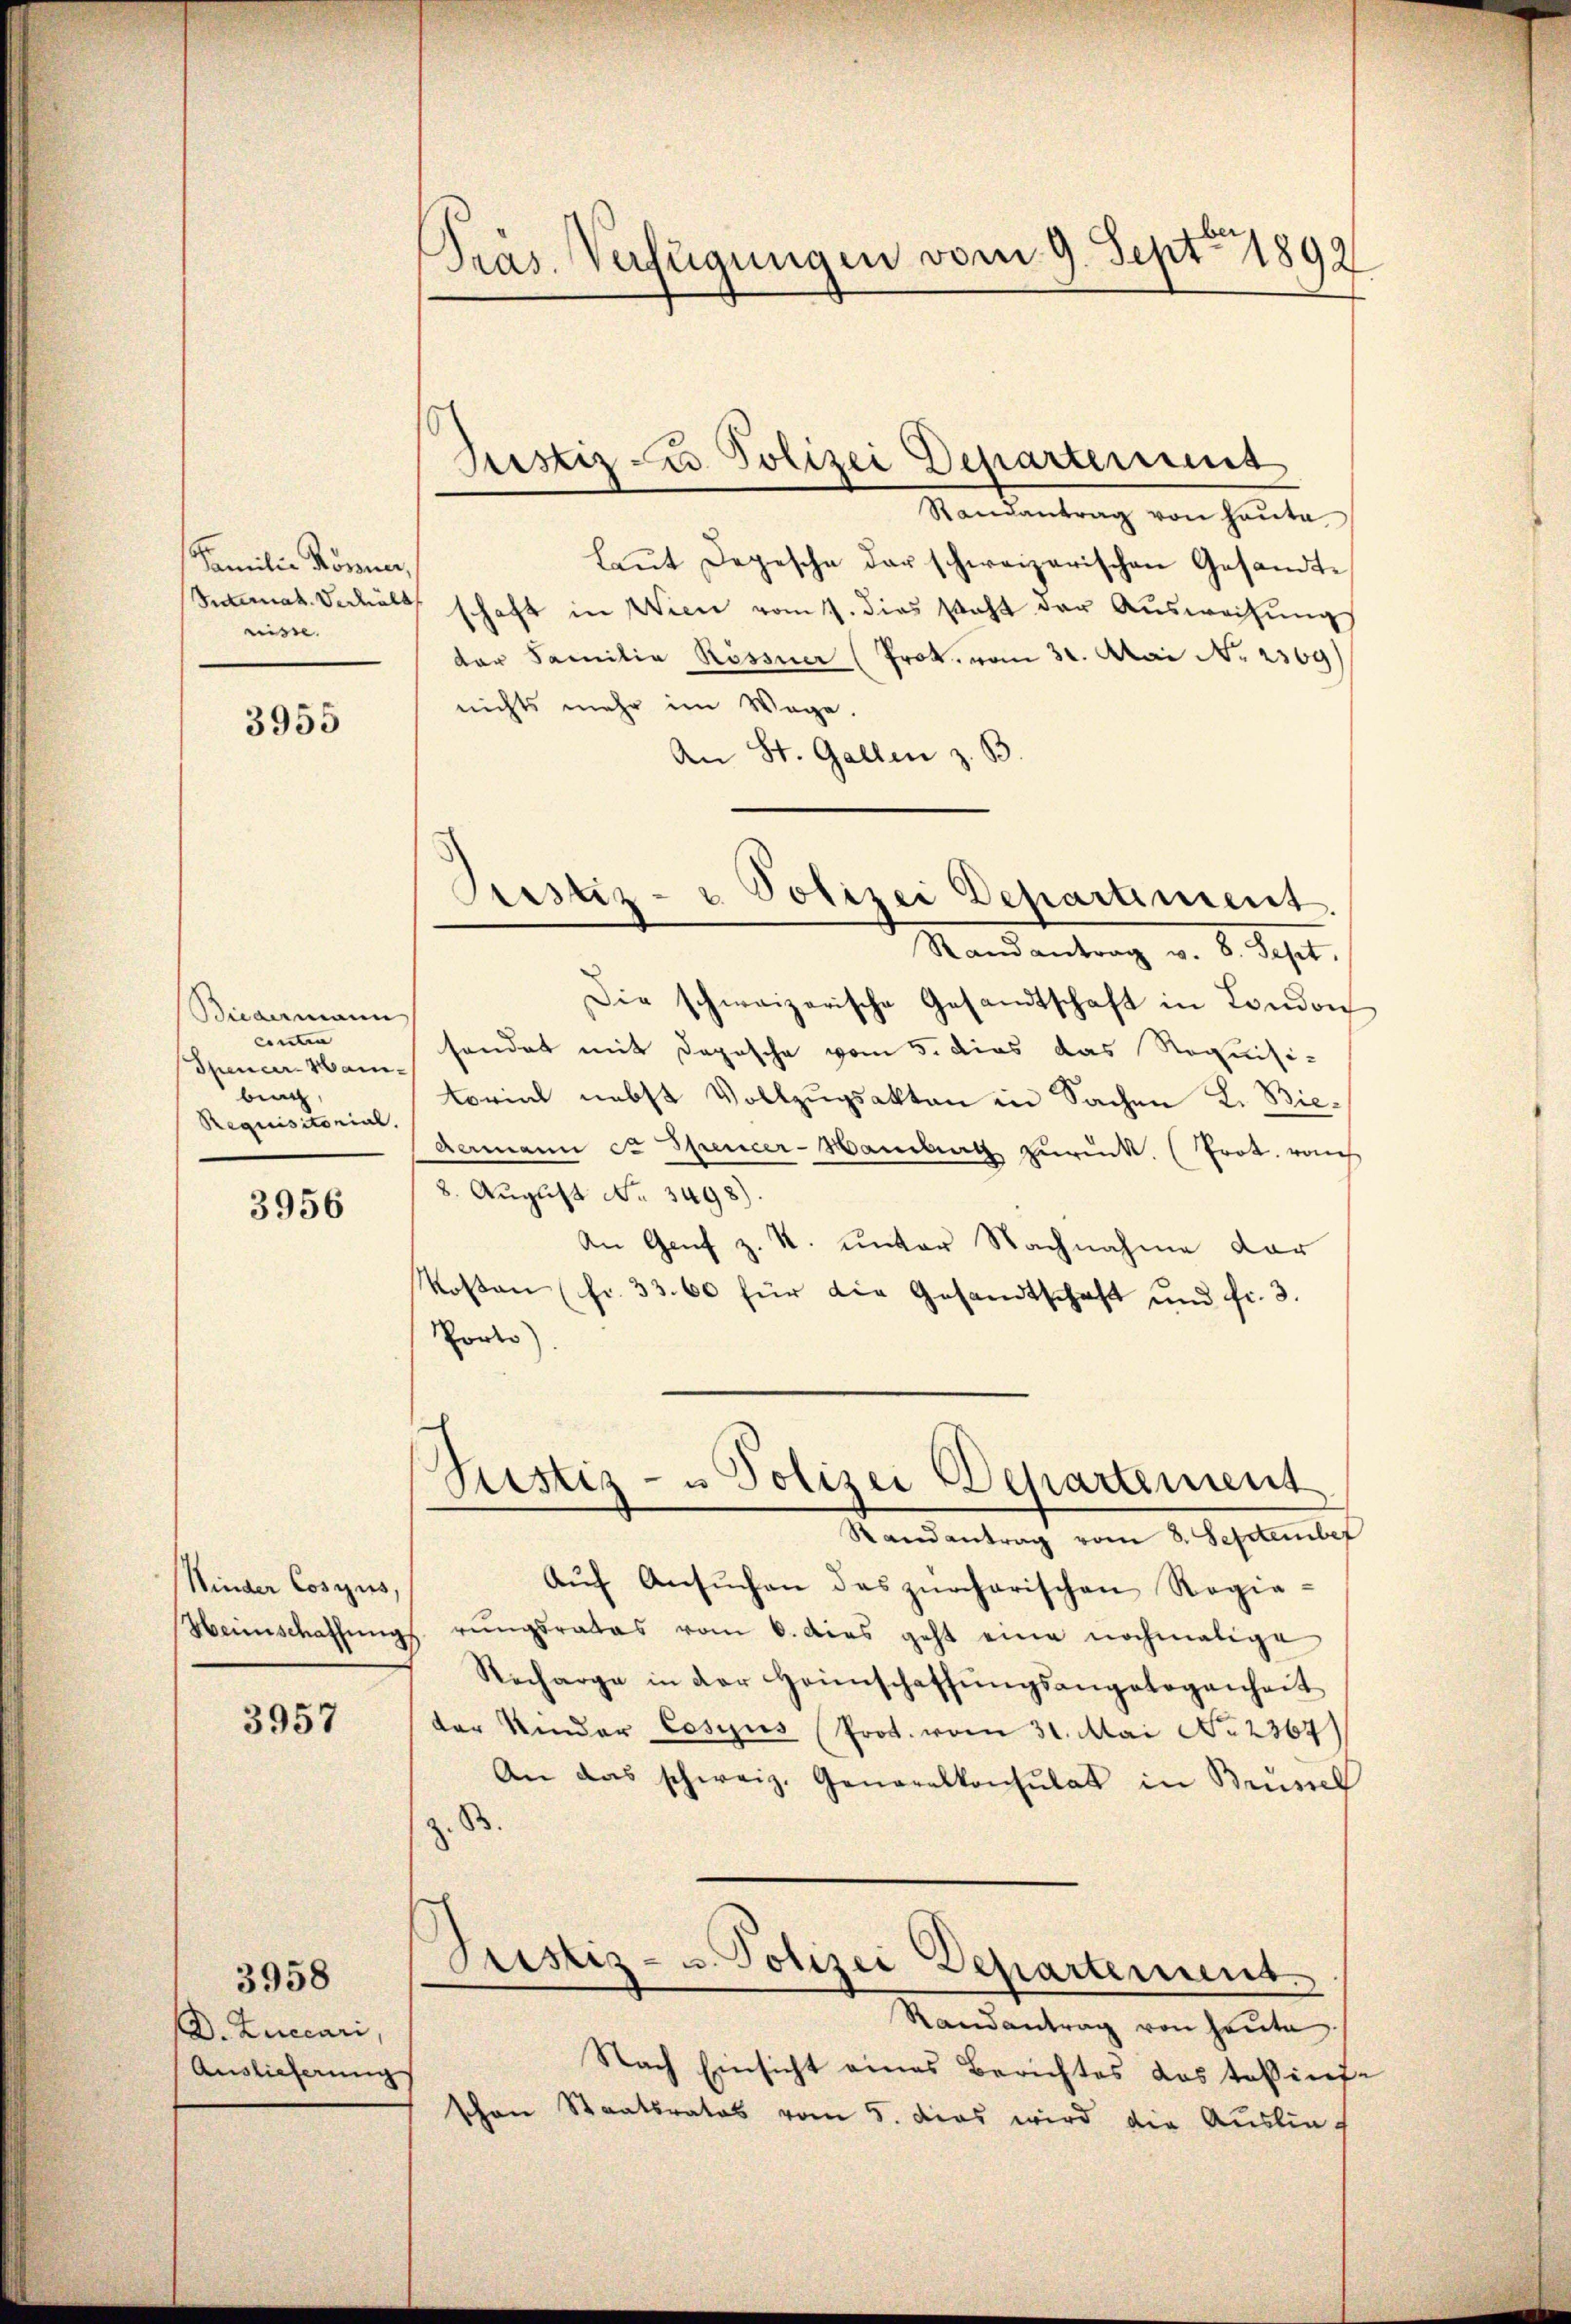
Familie Rösner,
risse. |

3955

Biedermann
cnten
Spencer-Hanbing
Requisitorial.

3956

Kinder Cosius,

3957

D. Zuecari,
Auslieferung

3958

Präs. Verfügungen vom 9. Sept. 1892

Randantrag von Hauta
laŭt Depesche der schweizerischen Gesandte
Sumat. Verhält schaft in Wien vom 1. dies steht der Auswachung
der Familia Rossner (Prok. vom 31. Mai No 2309)
nichts mehr im Wege.
An St. Gallen z. B.
Randantrag v. 8. Sept.
Die schweizerische Gesandtschaft in London
sendet mit Depesche vom 5. dies das Requisi-
torial nebst Vollzugsakten in Sachen L. Biedermann et Spencer-Handlung zurück. (Prot. rauch
8. August No. 3498).
An Genf z. R. unter Nachnahme dar
Kosten (fr. 33. 60 für die Gesandtschaft und fr. 3.
Rones)
Justiz- u Polizei Departement
Randantrag vom 3. September
Aŭf Ansŭchen das zürcharischen Regie-
Heimschaffŭng rŭngsrates vom 6. dies geht eine nochmalige
Recharge in der Heimschaffŭngsangelegenheit
der Kinder Cosius Prot. vom 31. Mai No 2367
An das schweiz. Generalkonsulat in Brüssel
Justiz- u. Polizei Departement.
Randantrag von heŭte
Nach Einsicht eines Berichtes das tekinte
schon Staatsrates vom 5. Das wird die Auslief

Justiz- u. Polizei Departenus

Prestiz- & Polizei Departiment.